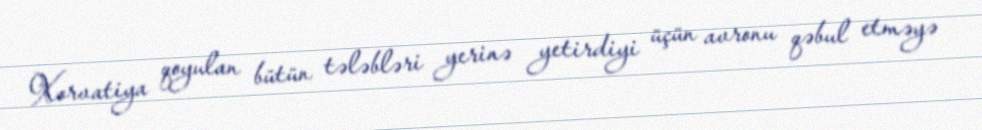
Xorvatiya qoyulan bütün tələbləri yerinə yetirdiyi üçün avronu qəbul etməyə